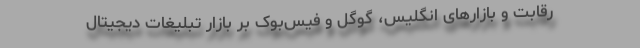
رقابت و بازارهای انگلیس، گوگل و فیس‌بوک بر بازار تبلیغات دیجیتال